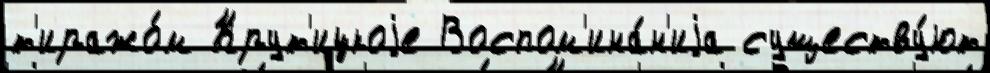
т'иражо́м Крут'ицкоjе Воспом'ина́н'иjа существу́ют